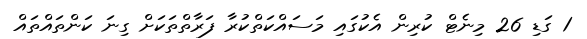
1 ގަޑި 26 މިނެޓް ކުރިން އެކުގައި މަސައްކަތްކުރާ ފަރާތްތަކަށް ގިނަ ކަންތައްތައް